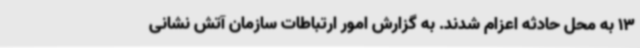
13 به محل حادثه اعزام شدند. به گزارش امور ارتباطات سازمان آتش نشانی